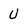
Character: U